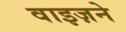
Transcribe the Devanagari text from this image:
वाइज़ने